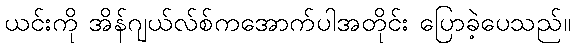
ယင်းကို အိန်ဂျယ်လ်စ်ကအောက်ပါအတိုင်း ပြောခဲ့ပေသည်။